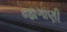
જાગાણી